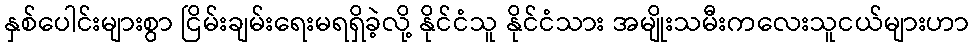
နှစ်ပေါင်းများစွာ ငြိမ်းချမ်းရေးမရရှိခဲ့လို့ နိုင်ငံသူ နိုင်ငံသား အမျိုးသမီးကလေးသူငယ်များဟာ